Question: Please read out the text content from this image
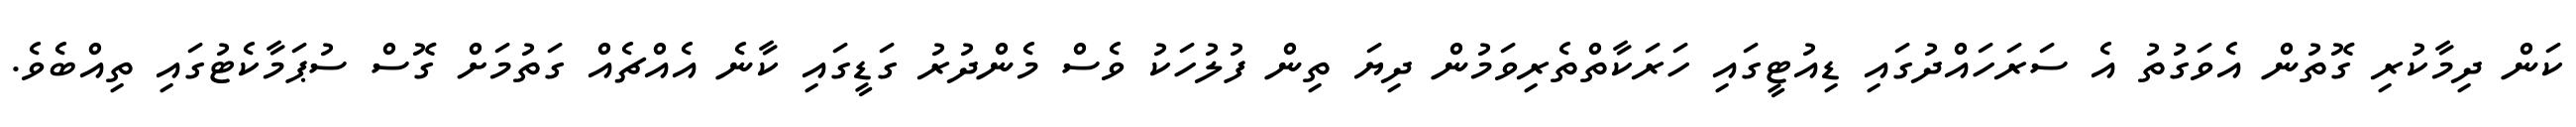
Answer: ކަން ދިމާކުރި ގޮތުން އެވަގުތު އެ ސަރަހައްދުގައި ޑިއުޓީގައި ހަރަކާތްތެރިވަމުން ދިޔަ ތިން ފުލުހަކު ވެސް މެންދުރު ގަޑީގައި ކާނެ އެއްޗެއް ގަތުމަށް ގޮސް ސުޕަމާކެޓުގައި ތިއްބެވެ.